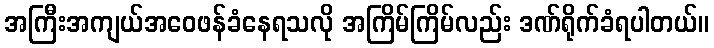
အကြီးအကျယ်အဝေဖန်ခံနေရသလို အကြိမ်ကြိမ်လည်း ဒဏ်ရိုက်ခံရပါတယ်။